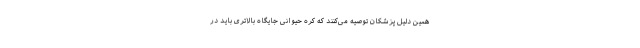
همین دلیل پزشکان توصیه می‌کنند که کره حیوانی جایگاه بالاتری باید در